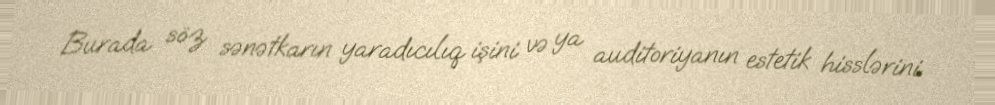
Burada söz sənətkarın yaradıcılıq işini və ya auditoriyanın estetik hisslərini